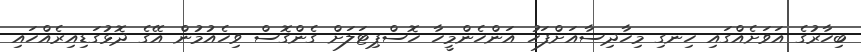
ބިހާރުގެ އަވަށެއްގައި ހިނގި މިހާދިސާއަށްފަހު އަންހެންމީހާ ހޮސްޕިޓަލަށް ގެންގޮސް ވިހެއުމުން އޭގެ ދޮޅުގަޑިއިރެއްހައި